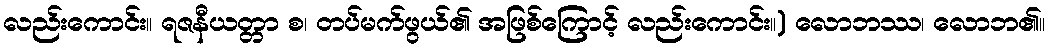
လည်းကောင်း။ ရဇနီယတ္တာ စ၊ တပ်မက်ဖွယ်၏ အဖြစ်ကြောင့် လည်းကောင်း။) လောဘဿ၊ လောဘ၏။